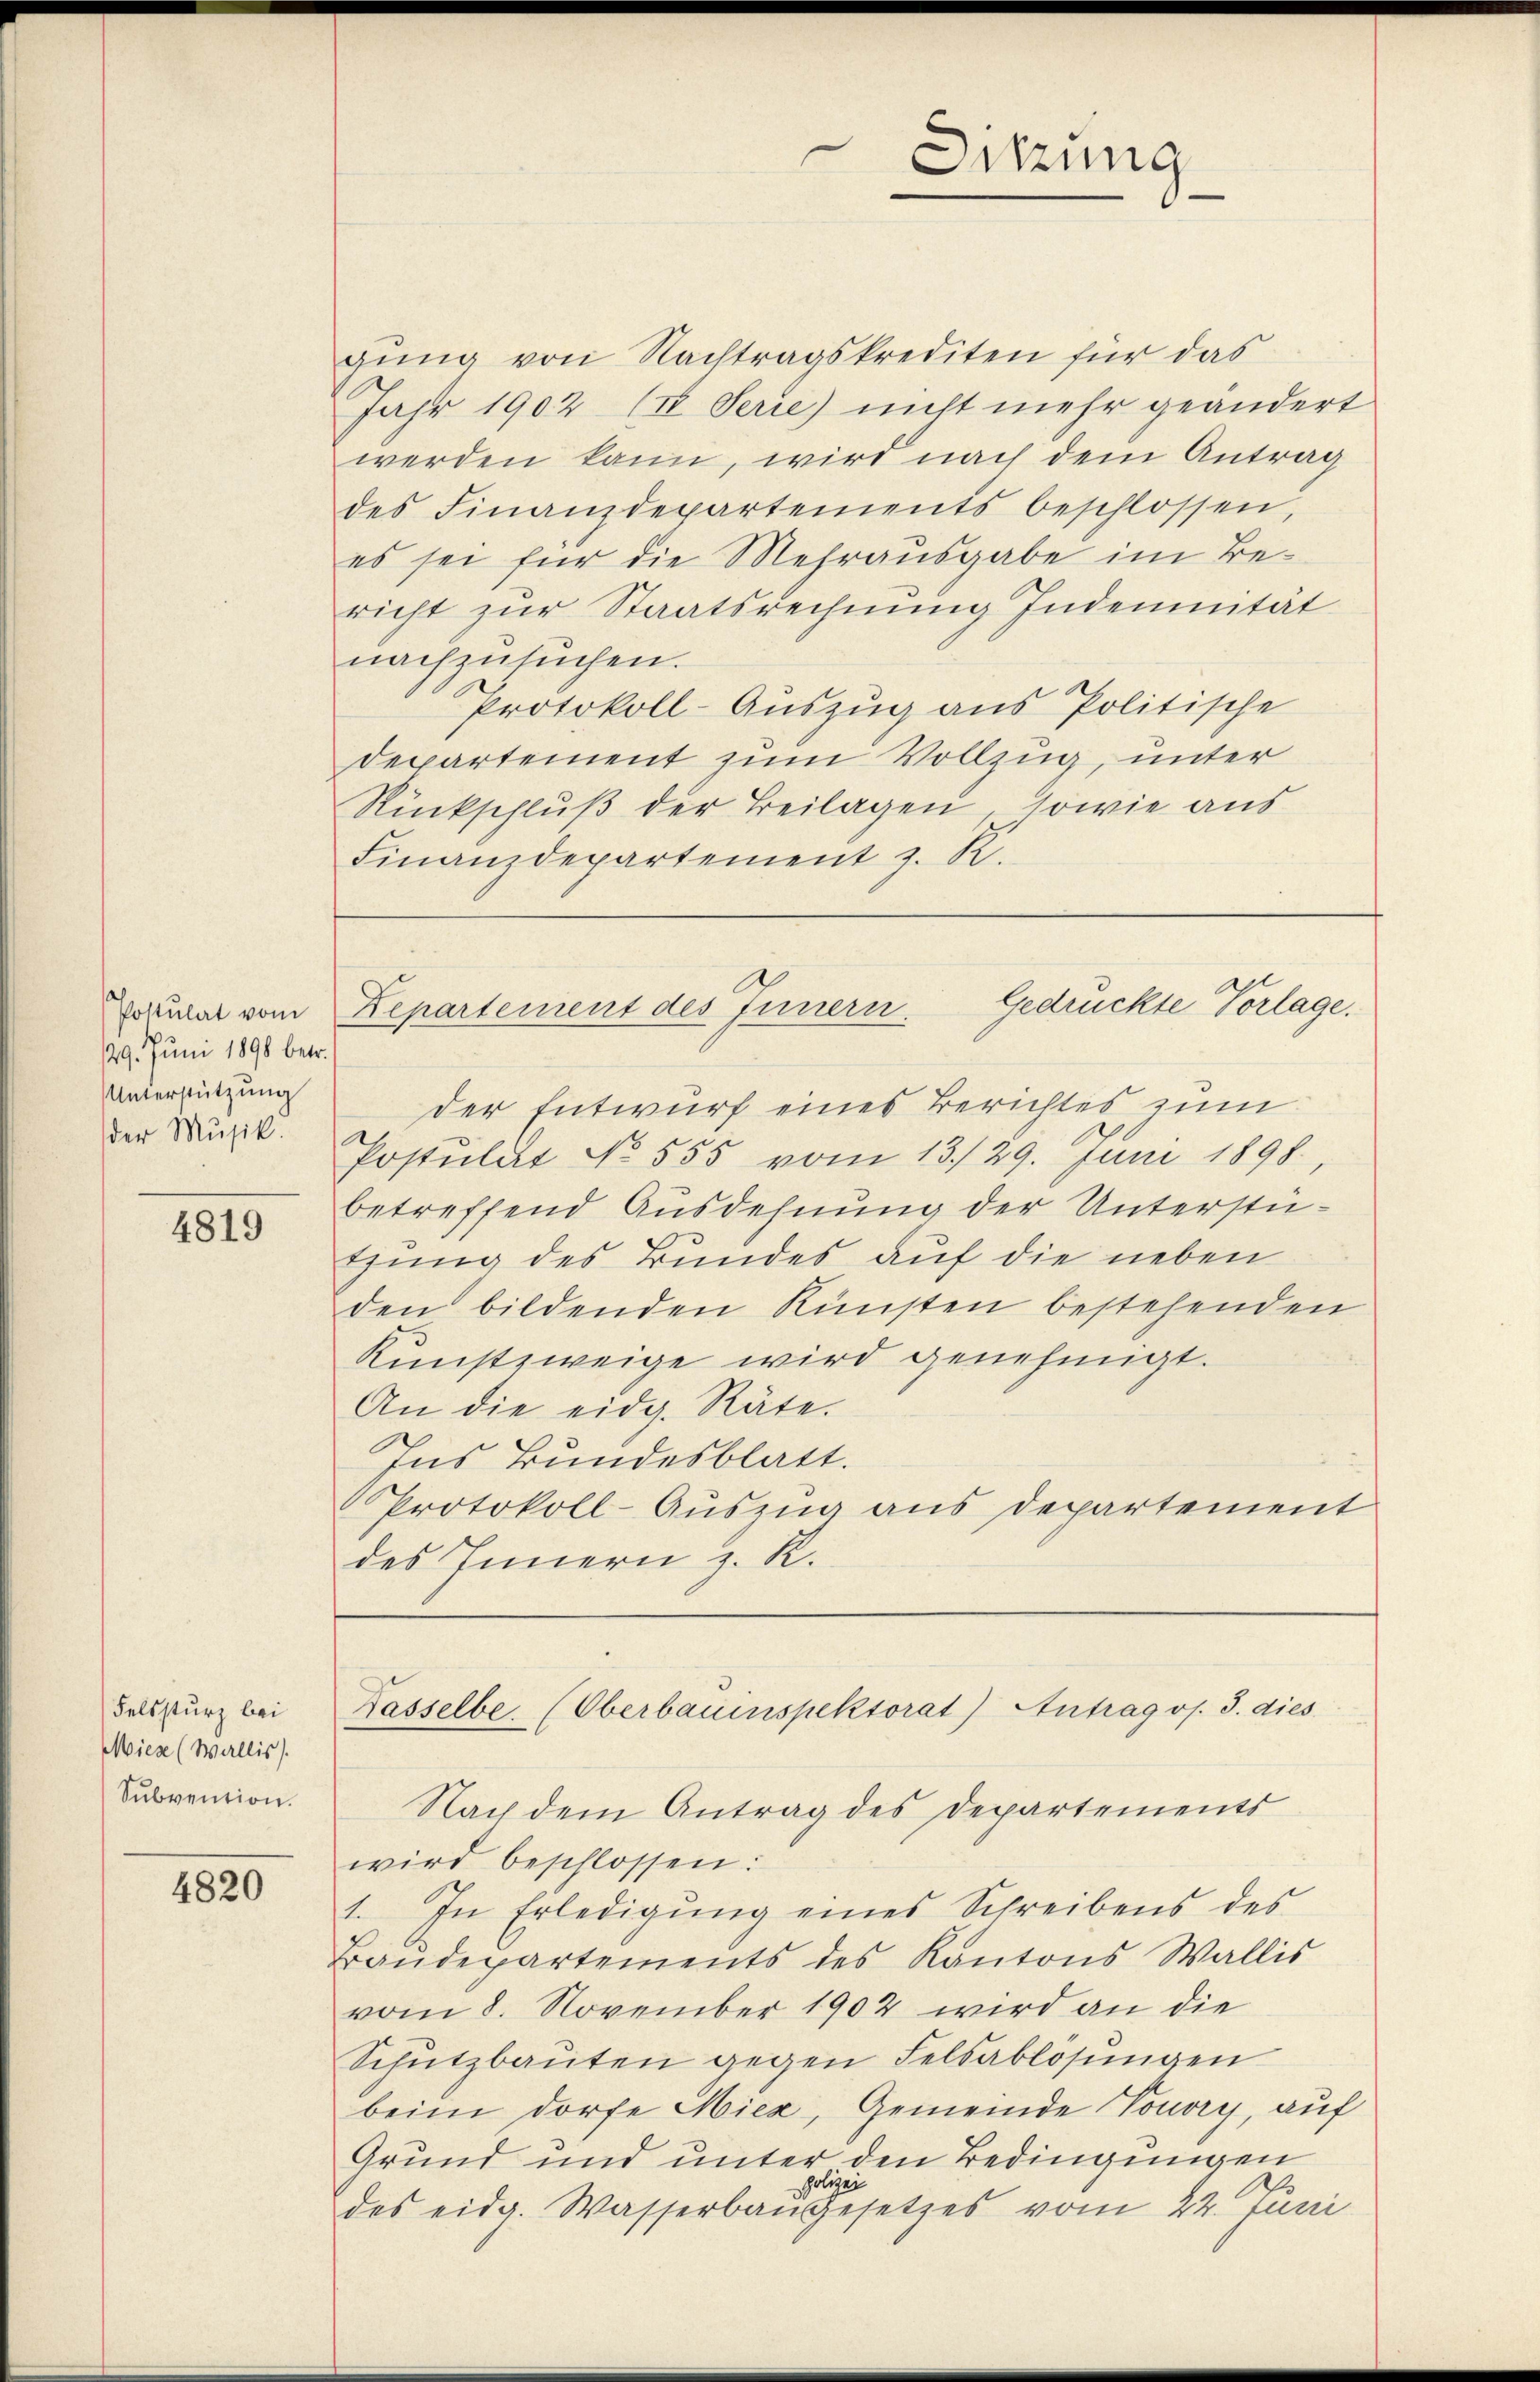
Postulat vom
29. Juni 1898 betr.
Unterstützung
der Musik.

4819

Felssturz bei
Miese (Wallis).
Subvention.

4820

gung von Nachtragskrediten für das
Jahr 1902 (II. Serie) nicht mehr geändert
werden kann, wird nach dem Antrag
des Finanzdepartements beschlossen,
es sei für die Mehrausgabe im Bericht zur Staatsrechnung Indemunität
nachzusuchen.
Protokoll-Auszug aus Politische
Departement zum Vollzug, unter
Rückschluß der Beilagen, sowie aus
Finanzdepartement z. R.

der Entwurf eines Berichtes zum
Postulat No 555 vom 13./29. Juni 1898,
betreffend Ausdehnung der Unterstü-
thung des Bundes auf die neben
den bildenden Künsten bestehenden
Kunstzweige wird genehmigt.
An die eidg. Räte.
Ins Bundesblatt.
Protokoll-Auszug aus Departement
des Innern z. R.

Nach dem Antrag des Departements
wird beschlossen:
1. In Erledigung eines Schreibens des
Baŭdepartements des Kantons Wallis
vom 8. November 1902 wird an die
Schŭtzbaŭten gegen Felsablösungen
beim dorfe Miez, Gemeinde Vouvry, auf
Grund und unter den Bedingungen
polizei
des eidg. Wasserbaugesetzes vom 22. Juni

Sitzung

Zepartement des Innern. Gedrückte Vorlage.

Kasselbe (Oberbauinspektorat) Antrag os. J. dies